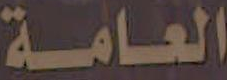
العامة